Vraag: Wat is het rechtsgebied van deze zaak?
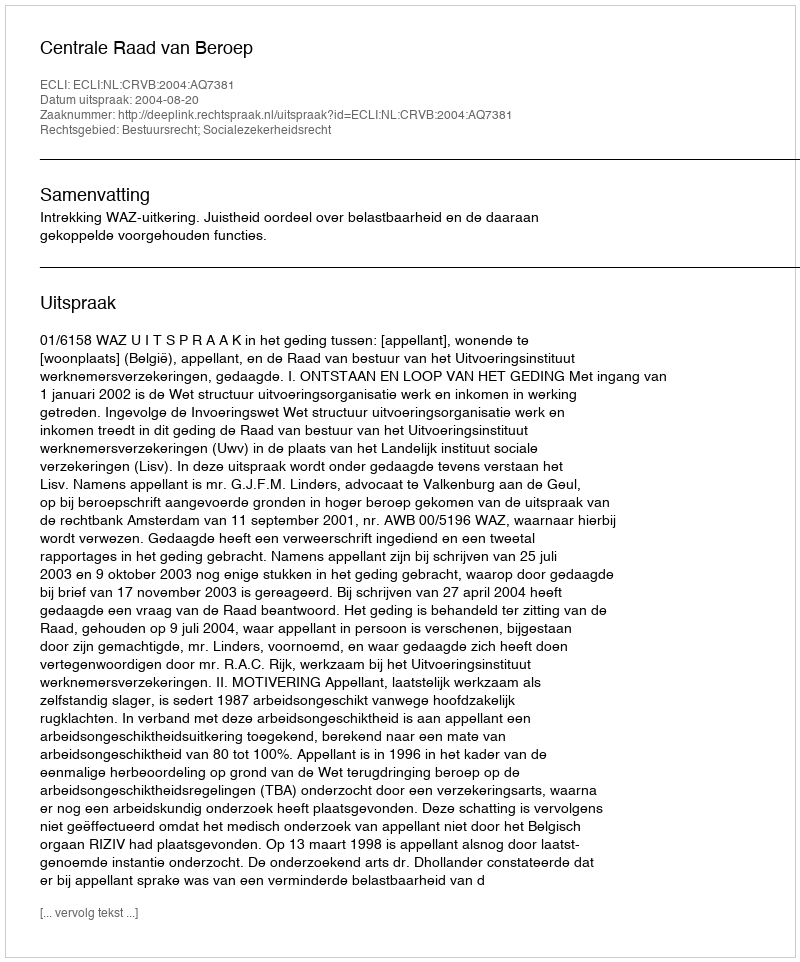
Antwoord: Bestuursrecht; Socialezekerheidsrecht